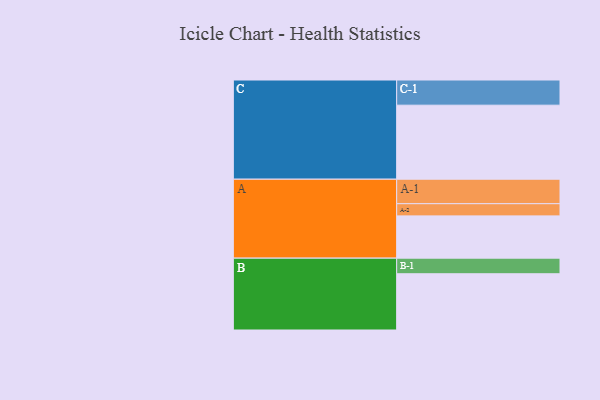
{"axis": {"x": "Segment", "y": "Value"}, "legend": ["", "A", "B", "C"], "data": [{"x": "A", "y": 309, "type": ""}, {"x": "B", "y": 411, "type": ""}, {"x": "C", "y": 541, "type": ""}, {"x": "A-1", "y": 179, "type": "A"}, {"x": "A-2", "y": 89, "type": "A"}, {"x": "B-1", "y": 114, "type": "B"}, {"x": "C-1", "y": 184, "type": "C"}]}